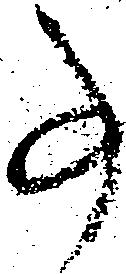
事